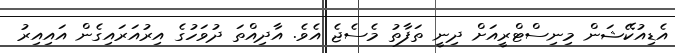
އެޑިއުކޭޝަން މިނިސްޓްރީއަށް ދިނީ ތަފާތު މެސެޖެ އެވެ. އާދިއްތަ ދުވަހުގެ އިރުއަރައިގެން އައިއިރު